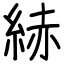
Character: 𦀗